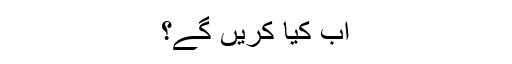
اب کیا کریں گے؟